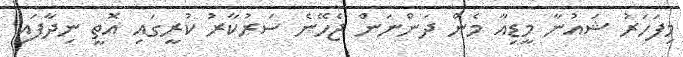
މިފަހަރު ޝައުނާ މީޑިއާ މެން ދަންނަން ޖެހޭނެ ސަރުކާރު ކުރީގައި އޮތީ ނިދާފައި